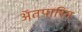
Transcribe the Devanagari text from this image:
अॅतपारिन